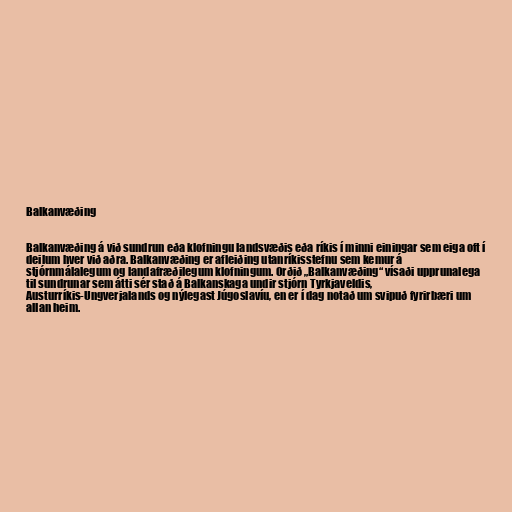
Balkanvæðing

Balkanvæðing á við sundrun eða klofningu landsvæðis eða ríkis í minni einingar sem eiga oft í
deilum hver við aðra. Balkanvæðing er afleiðing utanríkisstefnu sem kemur á
stjórnmálalegum og landafræðilegum klofningum. Orðið „Balkanvæðing“ vísaði upprunalega
til sundrunar sem átti sér stað á Balkanskaga undir stjórn Tyrkjaveldis,
Austurríkis-Ungverjalands og nýlegast Júgoslavíu, en er í dag notað um svipuð fyrirbæri um
allan heim.